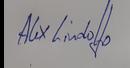
Signature authenticity: genuine